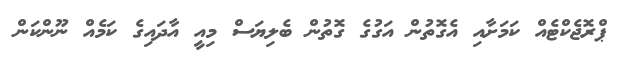
ޕްރޮޖެކްޓެއް ކަމަށާއި އެގޮތުން އަގުގެ ގޮތުން ބެލިޔަސް މިއީ އާދައިގެ ކަމެއް ނޫންކަން